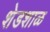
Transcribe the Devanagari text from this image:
शेडशाळ